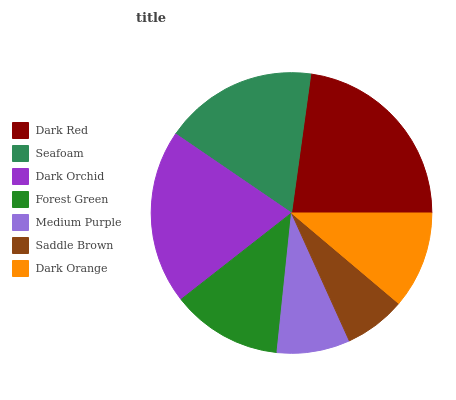
| Dark Red | Seafoam | Dark Orchid | Forest Green | Medium Purple | Saddle Brown | Dark Orange |
 | --- | --- | --- | --- | --- | --- | --- |
 | 22.8% | 17.7% | 20.1% | 12.8% | 8.41% | 7.09% | 11.2% |